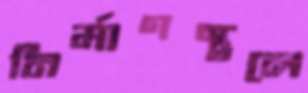
নির্মাণস্থলে